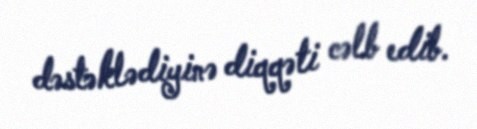
dəstəklədiyinə diqqəti cəlb edib.